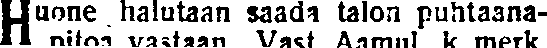
Huone halutaan saada talon puhtaana-